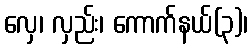
လှေ၊ လှည်း၊ ကောက်နယ်(၃)၊